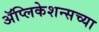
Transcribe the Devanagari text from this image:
ॲप्लिकेशन्सच्या